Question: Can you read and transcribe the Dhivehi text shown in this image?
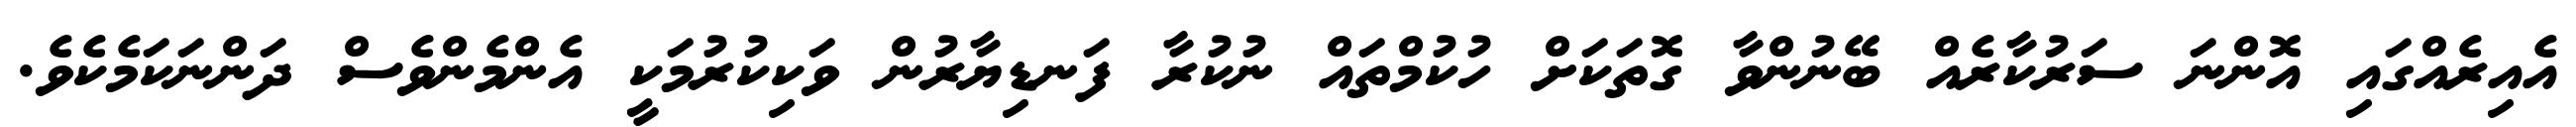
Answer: އެއިރެއްގައި އޮންނަ ސަރުކާރެއް ބޭނުންވާ ގޮތަކަށް ހުކުމްތައް ނުކުރާ ފަނޑިޔާރުން ވަކިކުރުމަކީ އެންމެންވެސް ދަންނަކަމެކެވެ.